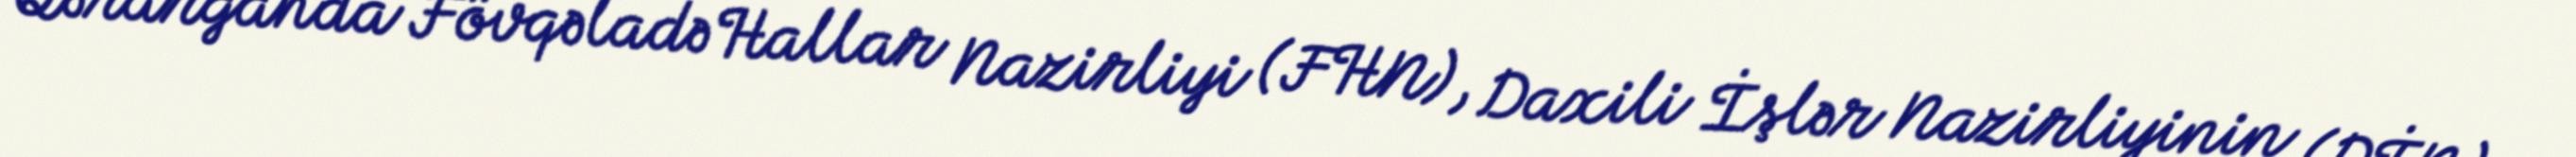
Qərargahda Fövqəladə Hallar Nazirliyi (FHN), Daxili İşlər Nazirliyinin (DİN)